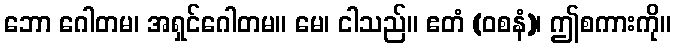
ဘော ဂေါတမ၊ အရှင်ဂေါတမ။ မေ၊ ငါသည်။ ဧတံ (ဝစနံ)၊ ဤစကားကို။